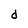
Character: d